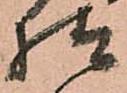
様